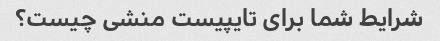
شرایط شما برای تایپیست منشی چیست؟